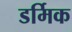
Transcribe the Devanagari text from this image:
डर्मिक